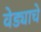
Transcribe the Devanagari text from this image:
वेड्याचे